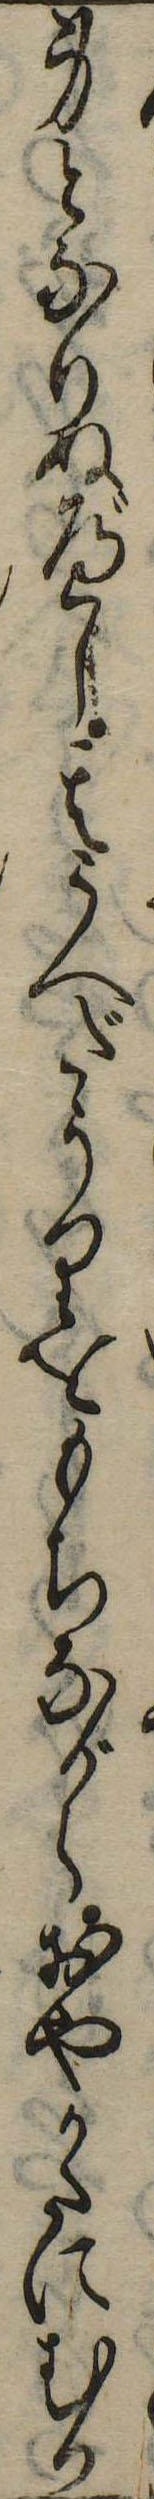
身となりぬべし其うへだうりをもちながらおやかたにむか